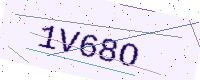
Text: 1V68O